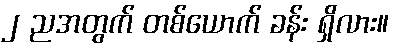
၂ ညအတွက် တစ်ယောက် ခန်း ရှိလား။